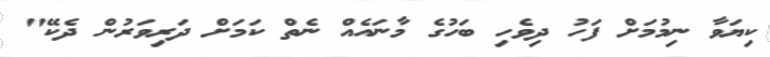
ކިޔަވާ ނިމުމަށް ފަހު ދިވެހި ބަހުގެ މާނައެއް ނެތް ކަމަށް ދަރިވަރުން ދެކޭ"